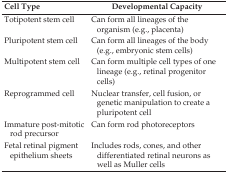
<table><thead><tr><td><b>Cell Type</b></td><td><b>Developmental Capacity</b></td></tr></thead><tbody><tr><td>Totipotent stem cell</td><td>Can form all lineages of the organism (e.g., placenta)</td></tr><tr><td>Pluripotent stem cell</td><td>Can form all lineages of the body (e.g., embryonic stem cells)</td></tr><tr><td>Multipotent stem cell</td><td>Can form multiple cell types of one lineage (e.g., retinal progenitor cells)</td></tr><tr><td>Reprogrammed cell</td><td>Nuclear transfer, cell fusion, or genetic manipulation to create a pluripotent cell</td></tr><tr><td>Immature post-mitotic rod precursor</td><td>Can form rod photoreceptors</td></tr><tr><td>Fetal retinal pigment epithelium sheets</td><td>Includes rods, cones, and other differentiated retinal neurons as well as Muller cells</td></tr></tbody></table>